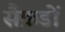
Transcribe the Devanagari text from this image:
सैक़डों